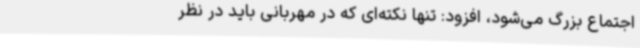
اجتماع بزرگ می‌شود، افزود: تنها نکته‌ای که در مهربانی باید در نظر